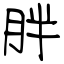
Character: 胖